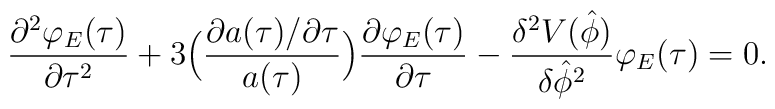
\frac{\partial^2 \varphi_E (\tau)}{\partial \tau^2} + 3\Bigl(\frac{\partial a(\tau)/ \partial \tau}{a(\tau)} \Bigr)\frac{\partial \varphi_E (\tau)}{\partial \tau} - \frac{\delta^2V(\hat{\phi})}{\delta \hat{\phi}^2 } \varphi_E (\tau) = 0.